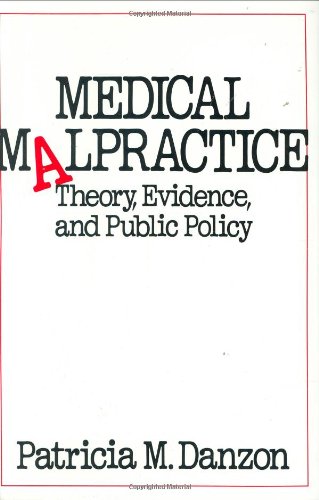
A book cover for Medical Malpractice: Theory, Evidence, and Public Policy; Patricia M. Danzon; Business & Money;